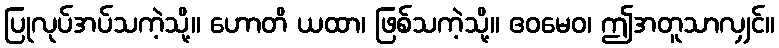
ပြုလုပ်အပ်သကဲ့သို့။ ဟောတိ ယထာ၊ ဖြစ်သကဲ့သို့။ ဧဝမေဝ၊ ဤအတူသာလျှင်။